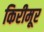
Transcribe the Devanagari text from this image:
किरीमूर